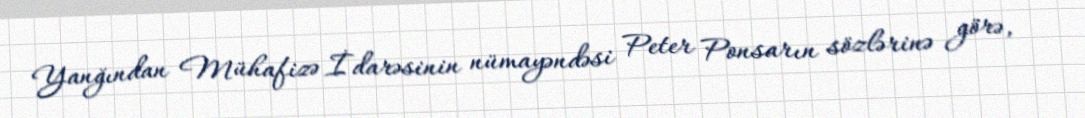
Yanğından Mühafizə İdarəsinin nümayəndəsi Peter Ponsarın sözlərinə görə,